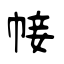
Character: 帹